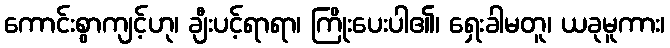
ကောင်းစွာကျင့်ဟု၊ ချီးပင့်ရာရာ၊ ကြိုးပေးပါ၏၊ ရှေးခါမတူ၊ ယခုမူကား၊